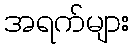
အရက်များ